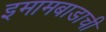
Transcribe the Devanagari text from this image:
इमामबाडाची